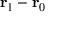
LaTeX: \mathbf { r } _ { 1 } - \mathbf { r } _ { 0 }